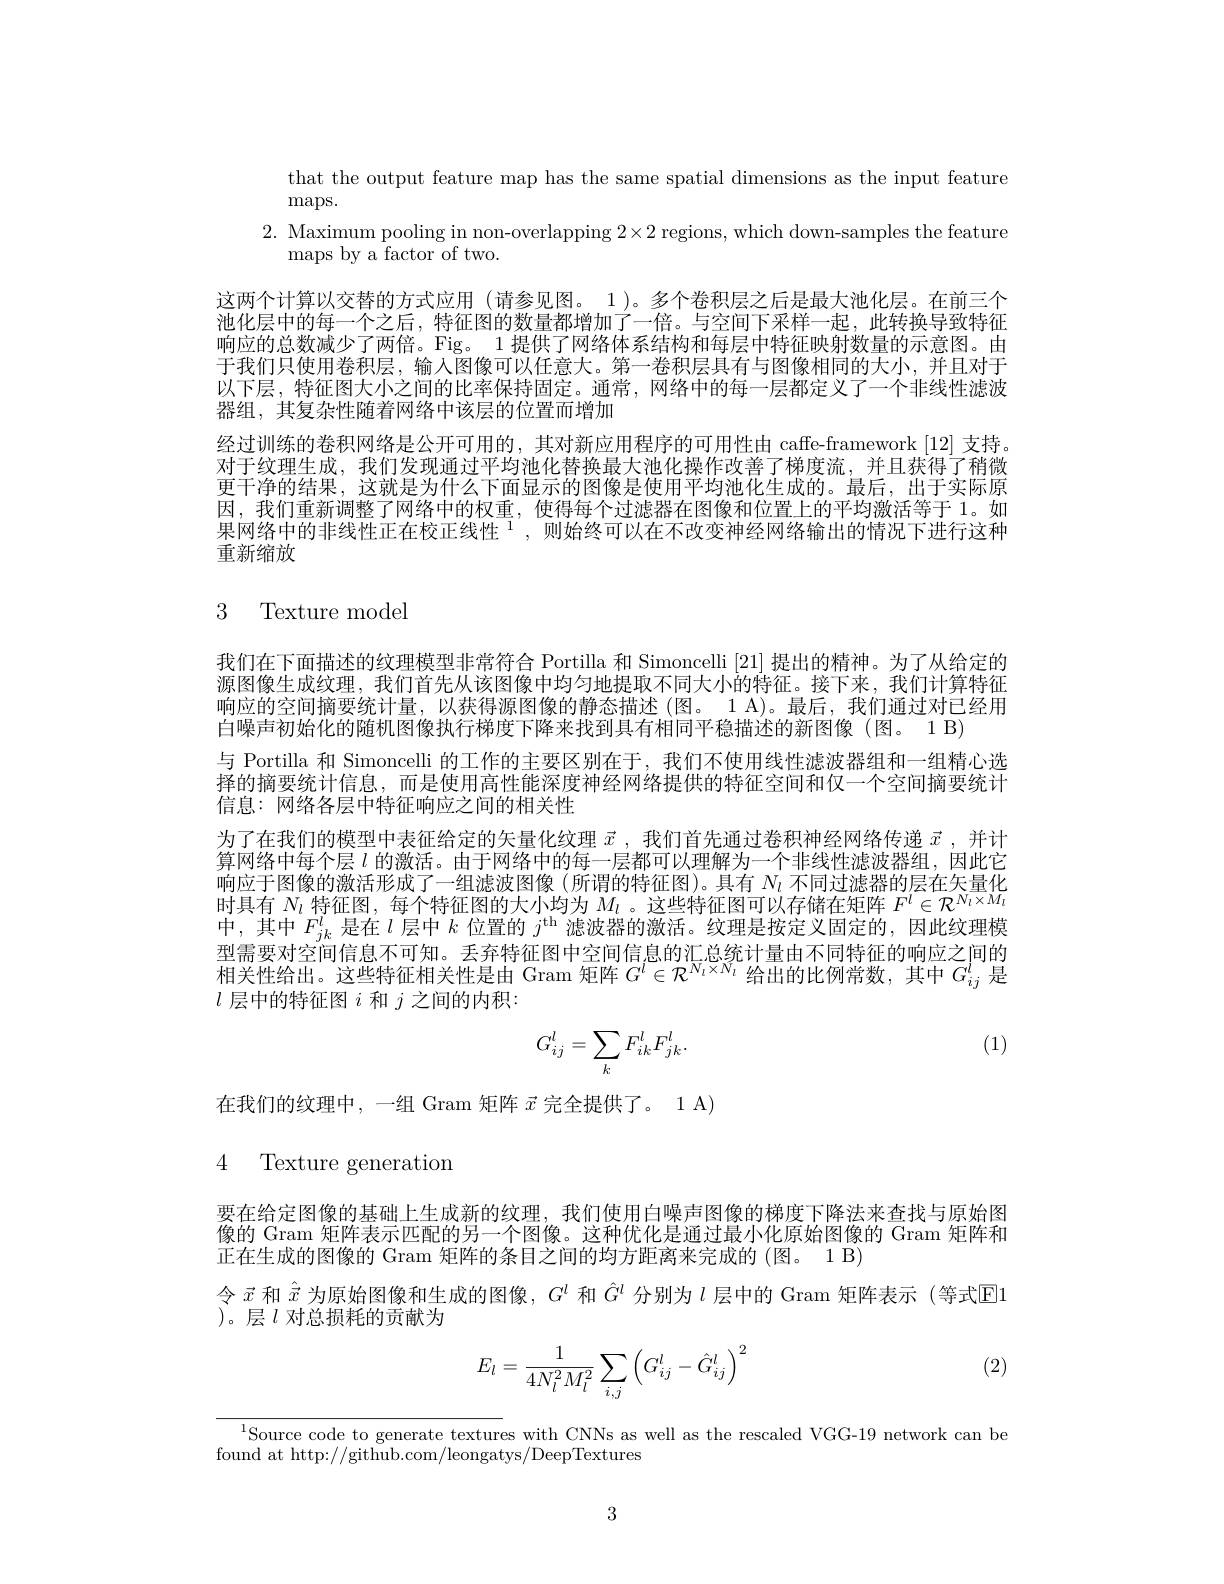
that the output feature map has the same spatial dimensions as the input feature

$\max.$
2. Maximum pooling in non-overlapping $2\times2$ regions, which down-samples the feature
maps by a factor of two.
这两个计算以交替的方式应用 (请参见图。1)。多个卷积层之后是最大池化层。在前三个池化层中的每一个之后，特征图的数量都增加了一倍。与空间下采样一起，此转换导致特征响应的总数减少了两倍。Fig。1 提供了网络体系结构和每层中特征映射数量的示意图。由于我们只使用卷积层，输入图像可以任意大。第一卷积层具有与图像相同的大小，并且对于以下层，特征图大小之间的比率保持固定。通常，网络中的每一层都定义了一个非线性滤波器组，其复杂性随着网络中该层的位置而增加
经过训练的卷积网络是公开可用的，其对新应用程序的可用性由 caffe-framework [12] 支持。对于纹理生成，我们发现通过平均池化替换最大池化操作改善了梯度流，并且获得了稍微更干净的结果，这就是为什么下面显示的图像是使用平均池化生成的。最后，出于实际原因，我们重新调整了网络中的权重，使得每个过滤器在图像和位置上的平均激活等于 1。如果网络中的非线性正在校正线性$^1$, 则 始 终 可 以 在 不 改 变 神 经 网 络 输 出 的 情 况 下 进 行 这 种 重新缩放

## 3 Texture model

我们在下面描述的纹理模型非常符合 Portilla 和 Simoncelli [21]提出的精神。为了从给定的源图像生成纹理，我们首先从该图像中均匀地提取不同大小的特征。接下来，我们计算特征响应的空间摘要统计量，以获得源图像的静态描述 (图。1 A)。最后，我们通过对已经用白噪声初始化的随机图像执行梯度下降来找到具有相同半稳描述的新图像( 图。1 B)
与 Portilla 和 Simoncelli 的工作的主要区别在于，我们不使用线性滤波器组和一组精心选择的摘要统计信息，而是使用高性能深度神经网络提供的特征空间和仅一个空间摘要统计信息：网络各层中特征响应之间的相关性
为了在我们的模型中表征给定的矢量化纹理$\vec{x}$ ,我们首先通过卷积神经网络传递$\vec{x}$ ,并计算网络中每个层$l$的激活。由于网络中的每一层都可以理解为一个非线性滤波器组，因此它响 应 于 图 像 的 激 活 形 成 了 一 组 滤 波 图 像 ( 所 谓 的 特 征 图 ) 。具 有 $N_{l}$ 不 同 过 滤 器 的 层 在 矢 量 化 时 具 有 $N_{l}$ 特 征 图 , 每 个 特 征 图 的 大 小 均 为 $M_{l}$ 。这 些 特 征 图 可 以 存 储 在 矩 阵 $F^{l}\in \mathcal{R} ^{N_{l}\times M_{l}}$ 由 甘 由 $F^{l}$ 旦 在 $l$ 目 中 $k\text{ 位 置 故 }^{i\mathrm{th}}$ 难 冲 界 的 激 迁 分 理 具 按 定 义 固 定 的 用 此 衍 理 横中，其中$F_{jk}^l$是在$l$层中$k$位置的$j^\mathrm{th}$滤波器的激活。纹理是按定义固定的，因此纹理模型需要对空间信息不可知。丢弃特征图中空间信息的汇总统计量由不同特征的响应之间的相关性给出。这些特征相关性是由 Gram 矩阵$G^i\in\mathcal{R}^{N_i\times N_i}$给出的比例常数，其中$G_ij^l$是$l$层中的特征图$i$和$j$之间的内积：

(1)
$$G_{ij}^l=\sum_kF_{ik}^lF_{jk}^l.$$
在我们的纹理中，一组 Gram 矩阵$\vec{x}$完全提供了。1 A)

4 Texture generation

要在给定图像的基础上生成新的纹理，我们使用白噪声图像的梯度下降法来查找与原始图像的 Gram 矩阵表示匹配的另一个图像。这种优化是通过最小化原始图像的 Gram 矩阵和正在生成的图像的 Gram 矩阵的条目之间的均方距离来完成的 (图。1 B)
令$\vec{x}$和$\hat{\vec{x}}$为原始图像和生成的图像，$G^l$和$\hat{G}^l$分别为$\iota$层中的 Gram 矩阵表示 (等式$\mathbb{E}$1
)。层$l$对总损耗的贡献为

(2)
$$E_l=\frac{1}{4N_l^2M_l^2}\sum_{i,j}\left(G_{ij}^l-\hat{G}_{ij}^l\right)^2$$
$^{1}$Source code to generate textures with CNNs as well as the rescaled VGG-19 network can be
found at http://github.com/leongatys/DeepTextures

3